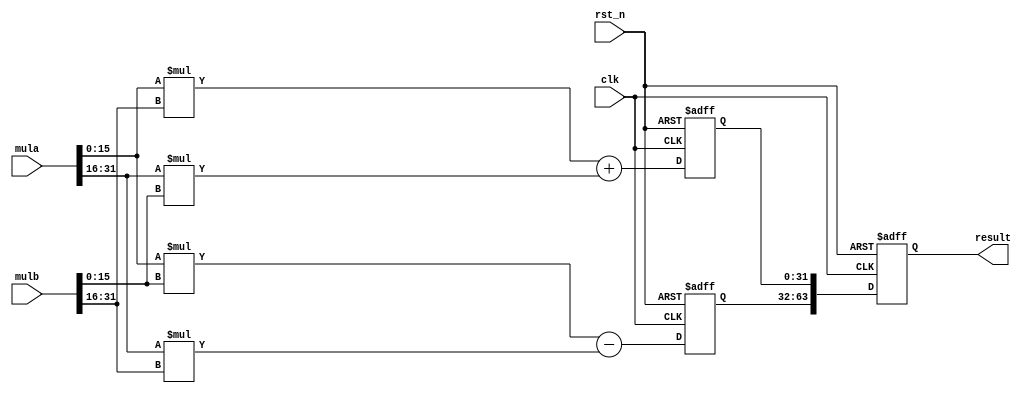
module  complex_mul
#(parameter WIDTH = 32)
(
  input                     clk,
  input                     rst_n,
  input      [WIDTH-1:0]    mula,    
  input      [WIDTH-1:0]    mulb,
  
  output reg [2*WIDTH-1:0]  result
 ); 
 
 /* define internal reg */
 wire     [WIDTH/2-1:0]  areal;
 wire     [WIDTH/2-1:0]  aimg;
 wire     [WIDTH/2-1:0]  breal;
 wire     [WIDTH/2-1:0]  bimg;
 reg      [WIDTH-1:0]    res_real;
 reg      [WIDTH-1:0]    res_img;
 
 
 assign  areal = mula[WIDTH/2-1:0];
 assign  aimg  = mula[WIDTH-1:WIDTH/2];
 assign  breal = mulb[WIDTH/2-1:0];
 assign  bimg  = mulb[WIDTH-1:WIDTH/2];
 
 // two stage complex multiplier
 always@(posedge clk, negedge rst_n)
 begin
   if(~rst_n) 
     res_real <= 0;
   else
     res_real <= areal*breal - aimg*bimg;        
 end
 
 
 always@(posedge clk, negedge rst_n)
 begin
   if(~rst_n) 
     res_img <= 0;
   else
     res_img <= areal*bimg + aimg*breal;        
 end
 
 
 always@(posedge clk, negedge rst_n)
 begin
   if(~rst_n) 
     result <= 0;
   else
     result <= {res_real,res_img};
 end
 
 endmodule